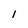
Character: I